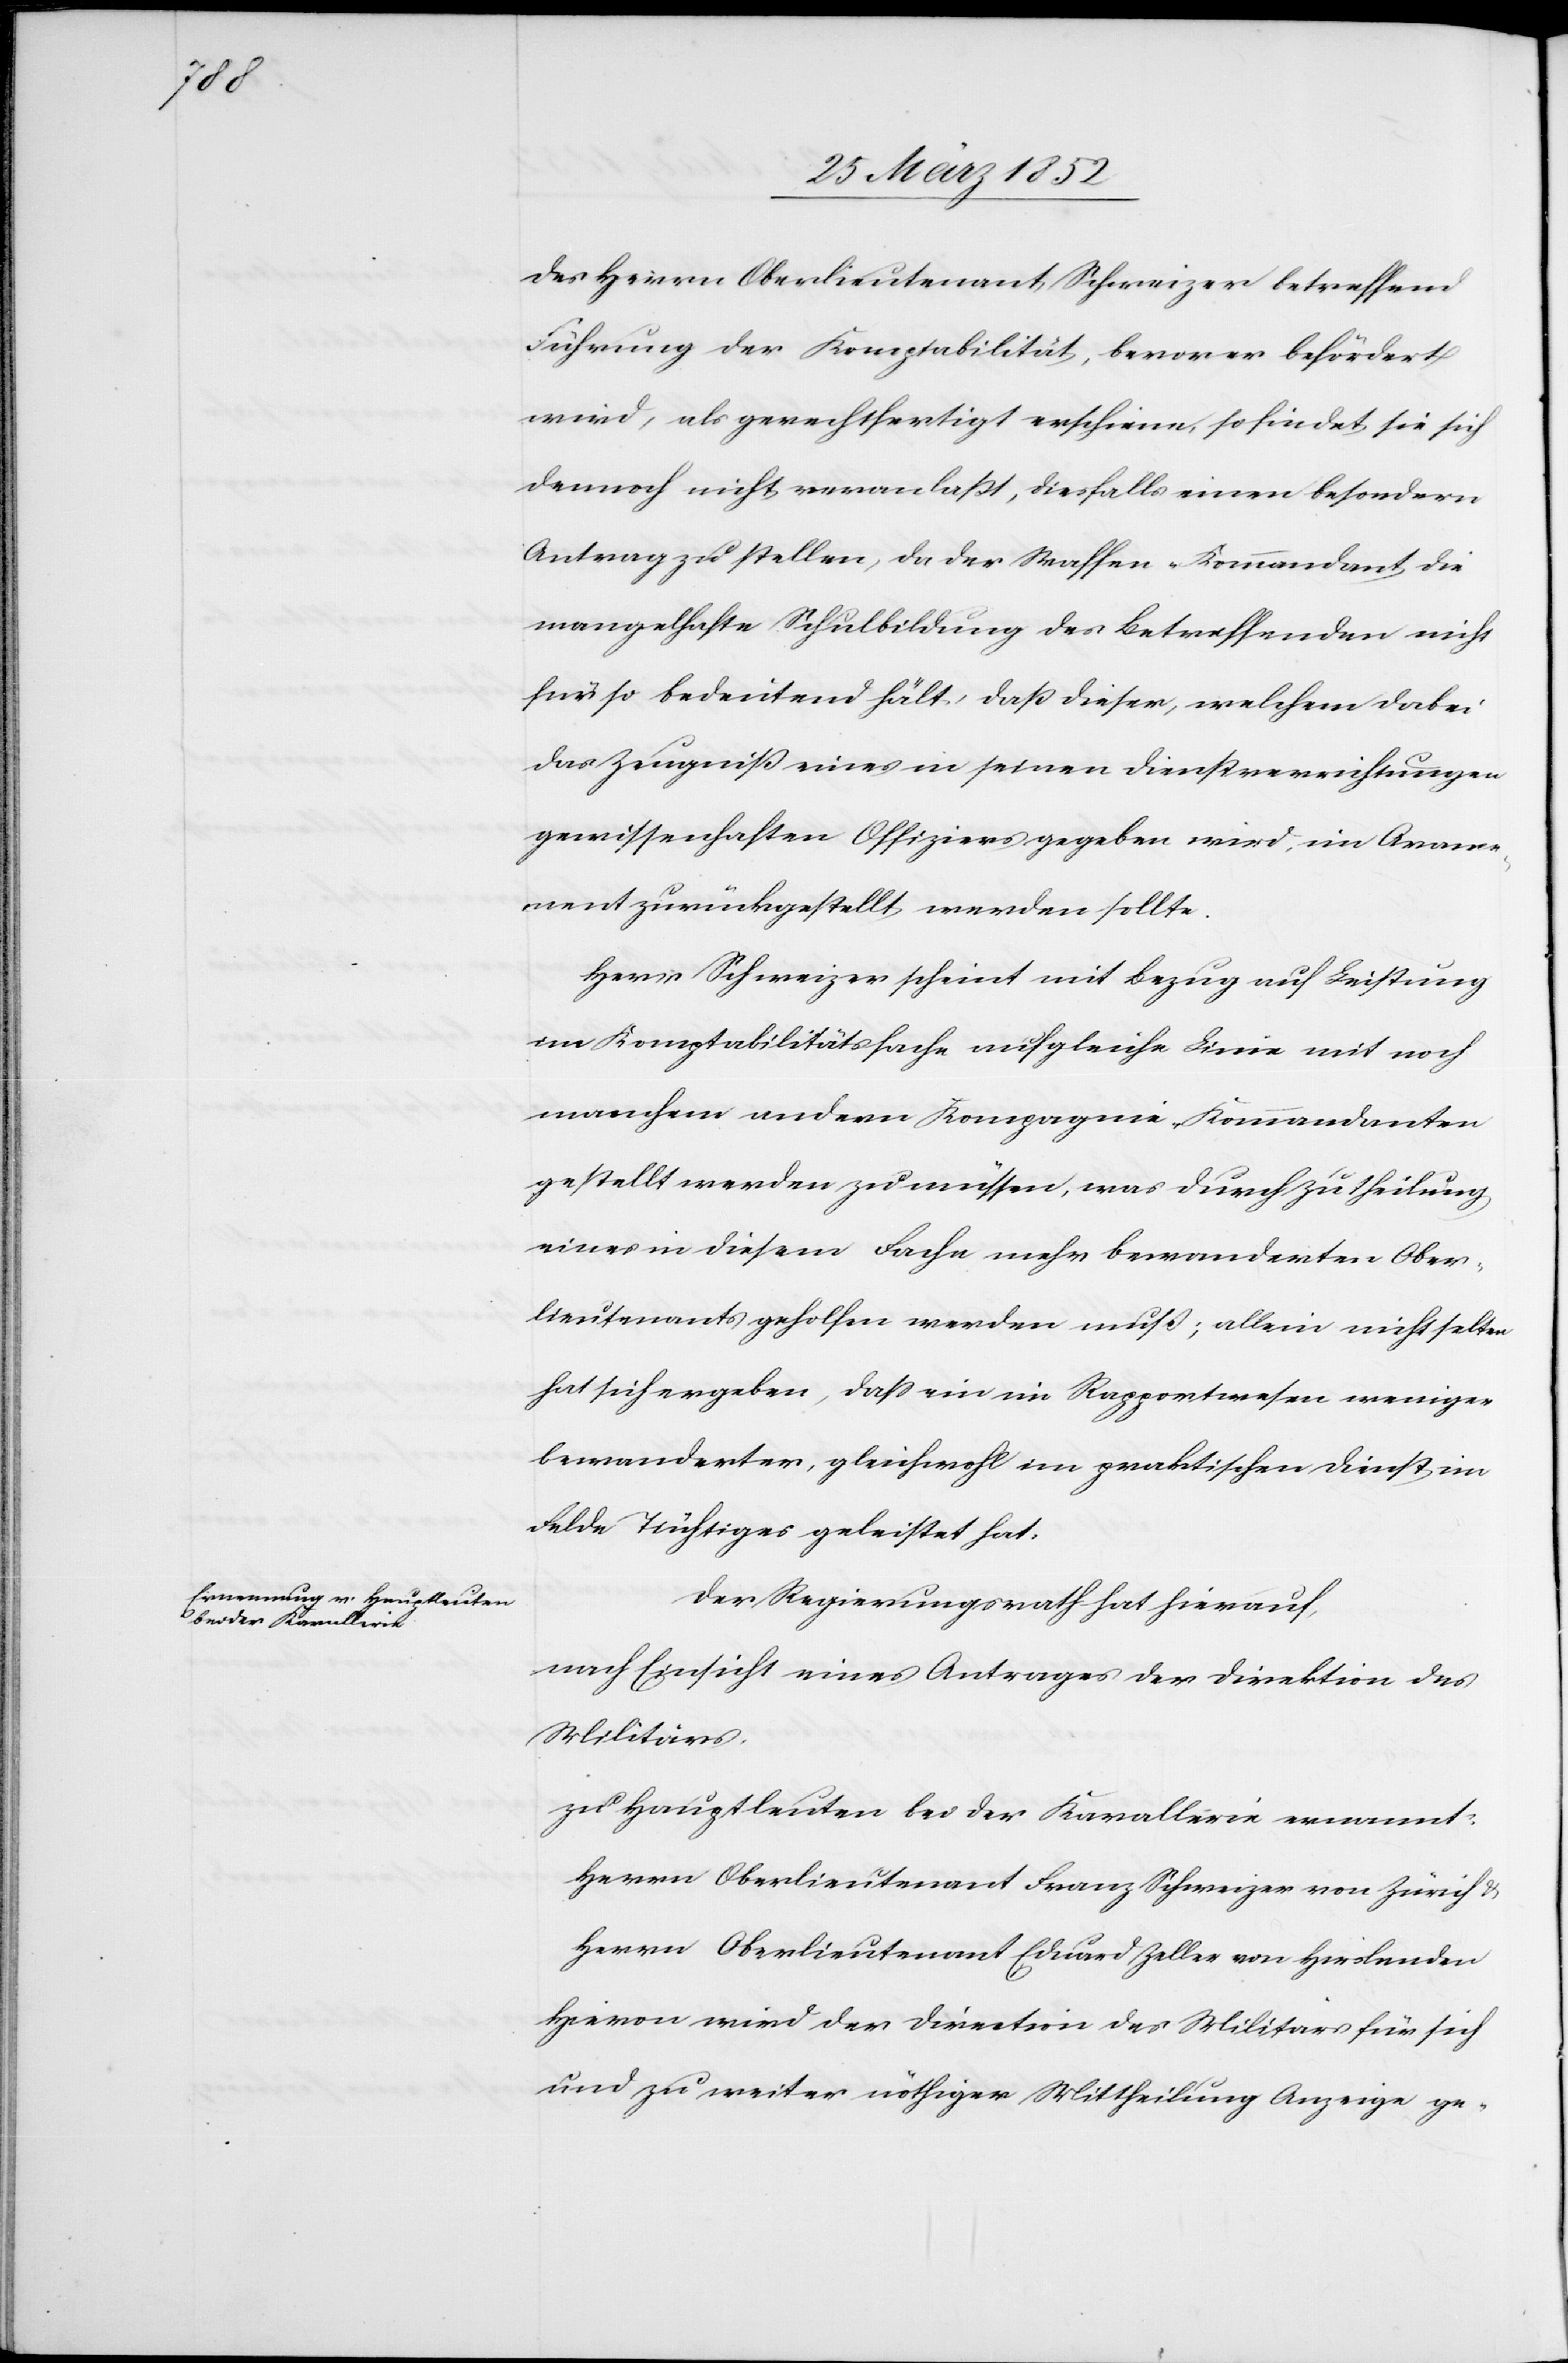
des Herrn Oberlieutenant Schweizer betreffend
Führung der Komptabilität, bevor er befördert
wird, als gerechtfertigt erscheine, so findet sie sich
dennoch nicht veranlaßt, diesfalls einen besondern
Antrag zu stellen, da der Waffen-Kommandant die
mangelhafte Schulbildung des Betreffenden nicht
für so bedeutend hält, daß dieser, welchem dabei
das Zeugniß eines in seinen Dienstverrichtungen
gewissenhaften Offiziers gegeben wird, im Arme¬
ment zurückgestellt werden sollte.
Herr Schweizer scheint mit Bezug auf Leistung
im Komptabilitätsfache auf gleiche Linie mit noch
manchem andern Kompagnie-Kommandanten
gestellt werden zu müssen, was durch Zutheilung
eines in diesem Fache mehr bewanderten Ober¬
lieutenants geholfen werden muß; allein nicht selten
hat sich ergeben, daß ein im Rapportwesen weniger
bewanderter, gleichwohl im praktischen Dienst im
Felde Tüchtiges geleistet hat.
Der Regierungsrath hat hierauf,
nach Einsicht eines Antrages der Direktion des
Militärs,
zu Hauptleuten bei der Kavallerie ernannt:
Herrn Oberlieutenant Franz Schweizer von Zürich u.
Herrn Oberlieutenant Eduard Zeller von Hirslanden
Hievon wird der Direction des Militärs für sich
und zu weiter nöthiger Mittheilung Anzeige ge-